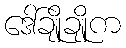
ဒေါ်ချိုချိုက